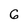
Character: 6